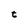
Character: t